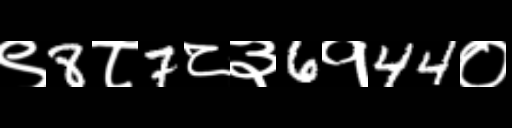
Text: ९8८7८३6१44०